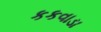
કકવાડા